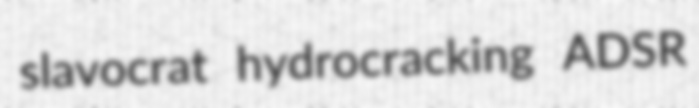
slavocrat hydrocracking ADSR